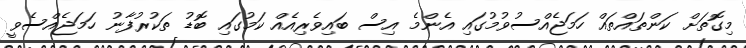
މިގޮތަށް ކަންތައްތައް ހަމަޖެއްސުވުމުގައި އެންމެ އިސް ބައިވެރިއެއް ކަމުގައި ބޮޑު ތަކުރުފާނު ހަމަޖެއްސެވީ